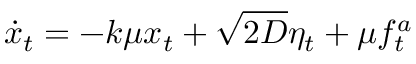
\dot { x } _ { t } = - k \mu x _ { t } + \sqrt { 2 D } \eta _ { t } + \mu f _ { t } ^ { a }